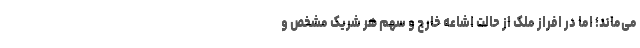
می‌ماند؛ اما در افراز ملک از حالت اشاعه خارج و سهم هر شریک مشخص و